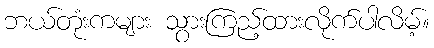
ဘယ်တုံးကများ သွားကြည့်ထားလိုက်ပါလိမ့်။